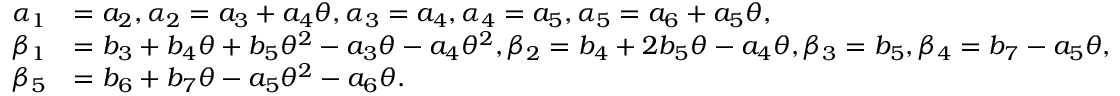
\begin{array} { r l } { \alpha _ { 1 } } & { = a _ { 2 } , \alpha _ { 2 } = a _ { 3 } + a _ { 4 } \theta , \alpha _ { 3 } = a _ { 4 } , \alpha _ { 4 } = a _ { 5 } , \alpha _ { 5 } = a _ { 6 } + a _ { 5 } \theta , } \\ { \beta _ { 1 } } & { = b _ { 3 } + b _ { 4 } \theta + b _ { 5 } \theta ^ { 2 } - a _ { 3 } \theta - a _ { 4 } \theta ^ { 2 } , \beta _ { 2 } = b _ { 4 } + 2 b _ { 5 } \theta - a _ { 4 } \theta , \beta _ { 3 } = b _ { 5 } , \beta _ { 4 } = b _ { 7 } - a _ { 5 } \theta , } \\ { \beta _ { 5 } } & { = b _ { 6 } + b _ { 7 } \theta - a _ { 5 } \theta ^ { 2 } - a _ { 6 } \theta . } \end{array}